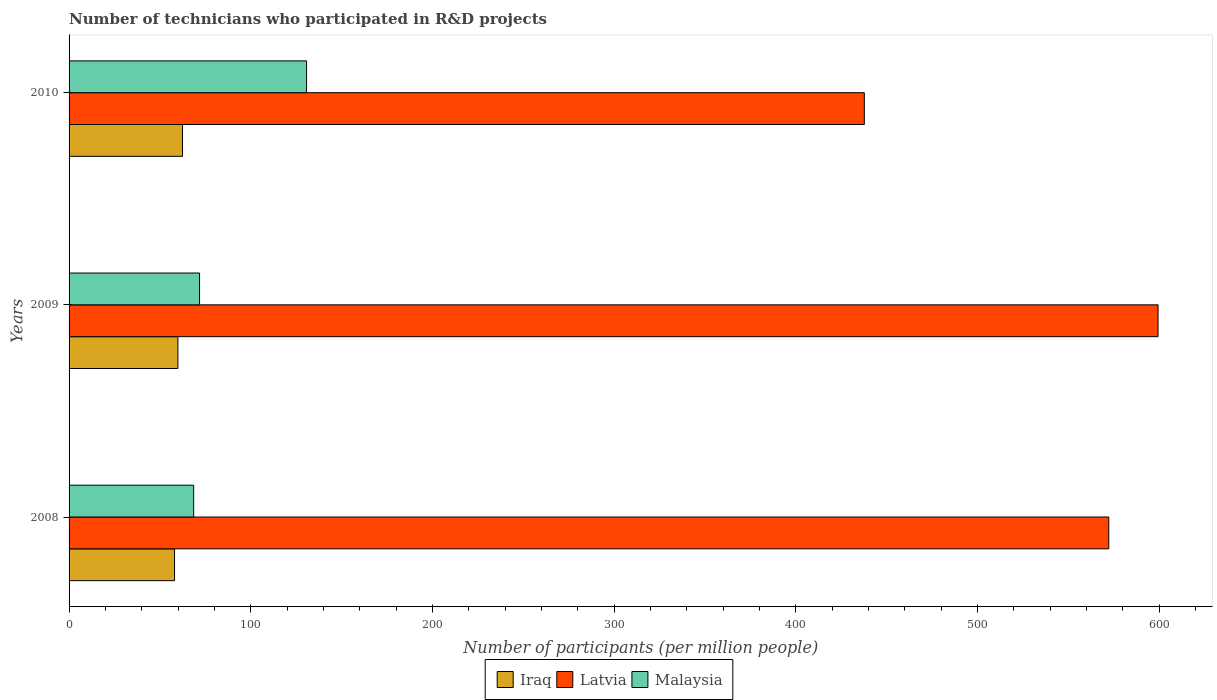
| Years | Iraq | Latvia | Malaysia |
 | --- | --- | --- | --- |
 | 2008 | 58.1 | 572 | 68.6 |
 | 2009 | 59.9 | 599 | 71.8 |
 | 2010 | 62.4 | 438 | 131 |